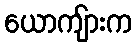
ယောကျ်ားက